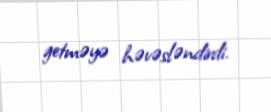
getməyə həvəsləndirdi.